Senior Leaving Certificate Examination (including Day School Certificate (Higher) General paper), 1949
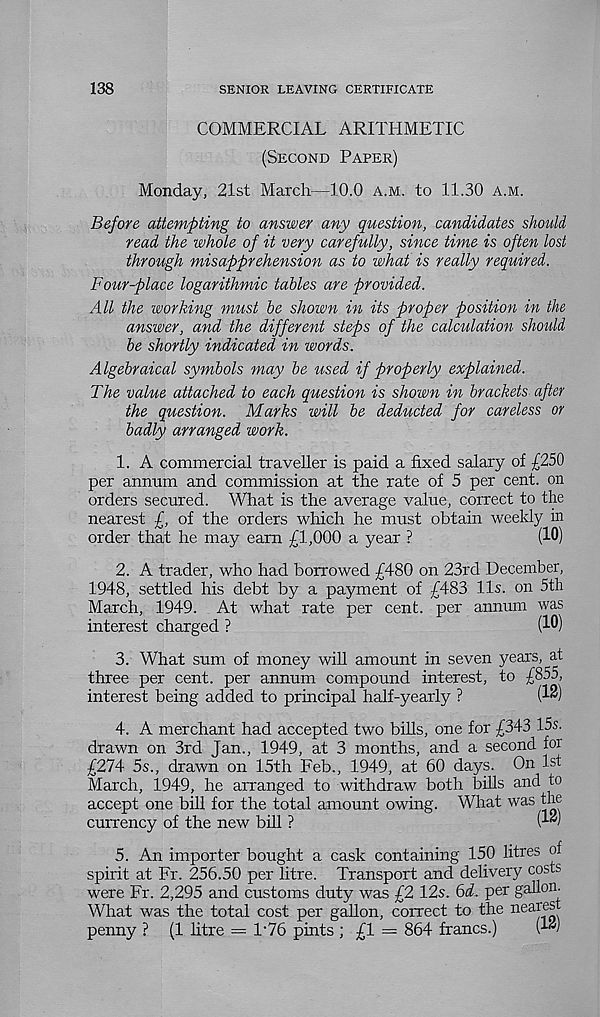
138
SENIOR LEAVING CERTIFICATE
COMMERCIAL ARITHMETIC
(Second Paper)
Monday, 21st March—10.0 a.m. to 11.30 a.m.
Before attempting to answer any question, candidates should
read the whole of it very carefully, since time is often lost
through misapprehension as to what is really required.
Four-place logarithmic tables are provided.
All the working must be shown in its proper position in the
answer, and the different steps of the calculation should
be shortly indicated in words.
Algebraical symbols may be used if properly explained.
The value attached to each question is shown in brackets after
the question. Marks will be deducted for careless or
badly arranged work.
1. A commercial traveller is paid a fixed salary of £250
per annum and commission at the rate of 5 per cent, on
orders secured. What is the average value, correct to the
nearest £, of the orders which he must obtain weekly in
order that he may earn £1,000 a year ?
(10)
2. A trader, who had borrowed £480 on 23rd December,
1948, settled his debt by a payment of £483 11s. on 5th
March, 1949. At what rate per cent, per annum was
interest charged ?
(10)
3. What sum of money will amount in seven years, at
three per cent, per annum compound interest, to £855,
interest being added to principal half-yearly ?
(1^)
4. A merchant had accepted two bills, one for £343 15s.
drawn on 3rd Jan., 1949, at 3 months, and a second for
£274 5s., drawn on 15th Feb., 1949, at 60 days. On 1st
March, 1949, he arranged to withdraw both bills and to
accept one bill for the total amount owing. What was the
currency of the new bill ?
(1*)
5. An importer bought a cask containing 150 litres of
spirit at Fr. 256.50 per litre. Transport and delivery costs
were Fr. 2,295 and customs duty was £2 12s. 64. per gallon.
What was the total cost per gallon, correct to the nearest
penny ? (1 litre = T76 pints ; £1 = 864 francs.)